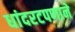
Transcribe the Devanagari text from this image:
धांदरटपणाने